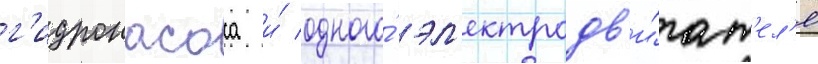
г'идронасоса и́ одного́ эл'ектродв'и́гат'ел'я